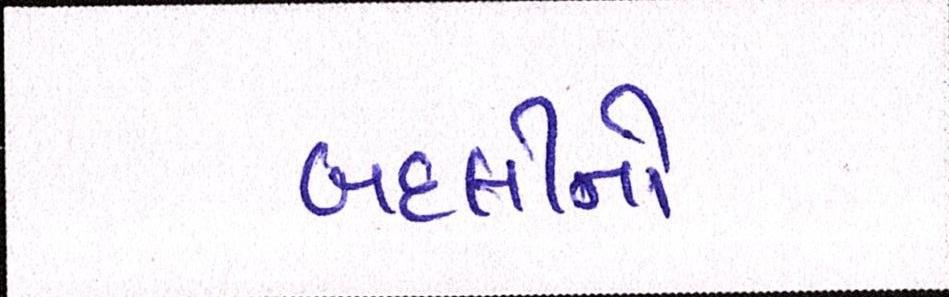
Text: બદલીનો